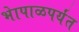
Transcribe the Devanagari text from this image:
भेापाळपर्यंत